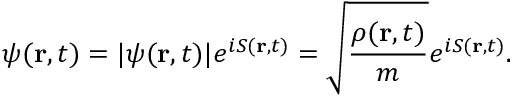
\psi ( \mathbf { r } , t ) = | \psi ( \mathbf { r } , t ) | e ^ { i S ( \mathbf { r } , t ) } = \sqrt { \frac { \rho ( \mathbf { r } , t ) } { m } } e ^ { i S ( \mathbf { r } , t ) } .